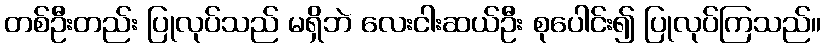
တစ်ဦးတည်း ပြုလုပ်သည် မရှိဘဲ လေးငါးဆယ်ဦး စုပေါင်း၍ ပြုလုပ်ကြသည်။